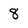
Character: 8